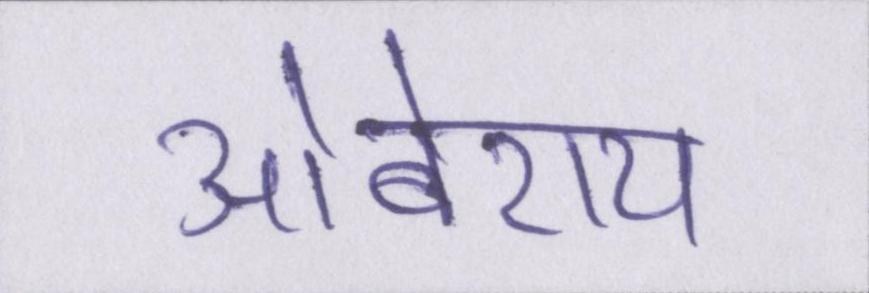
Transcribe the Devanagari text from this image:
ओबेराय